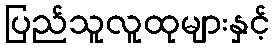
ပြည်သူလူထုများနှင့်